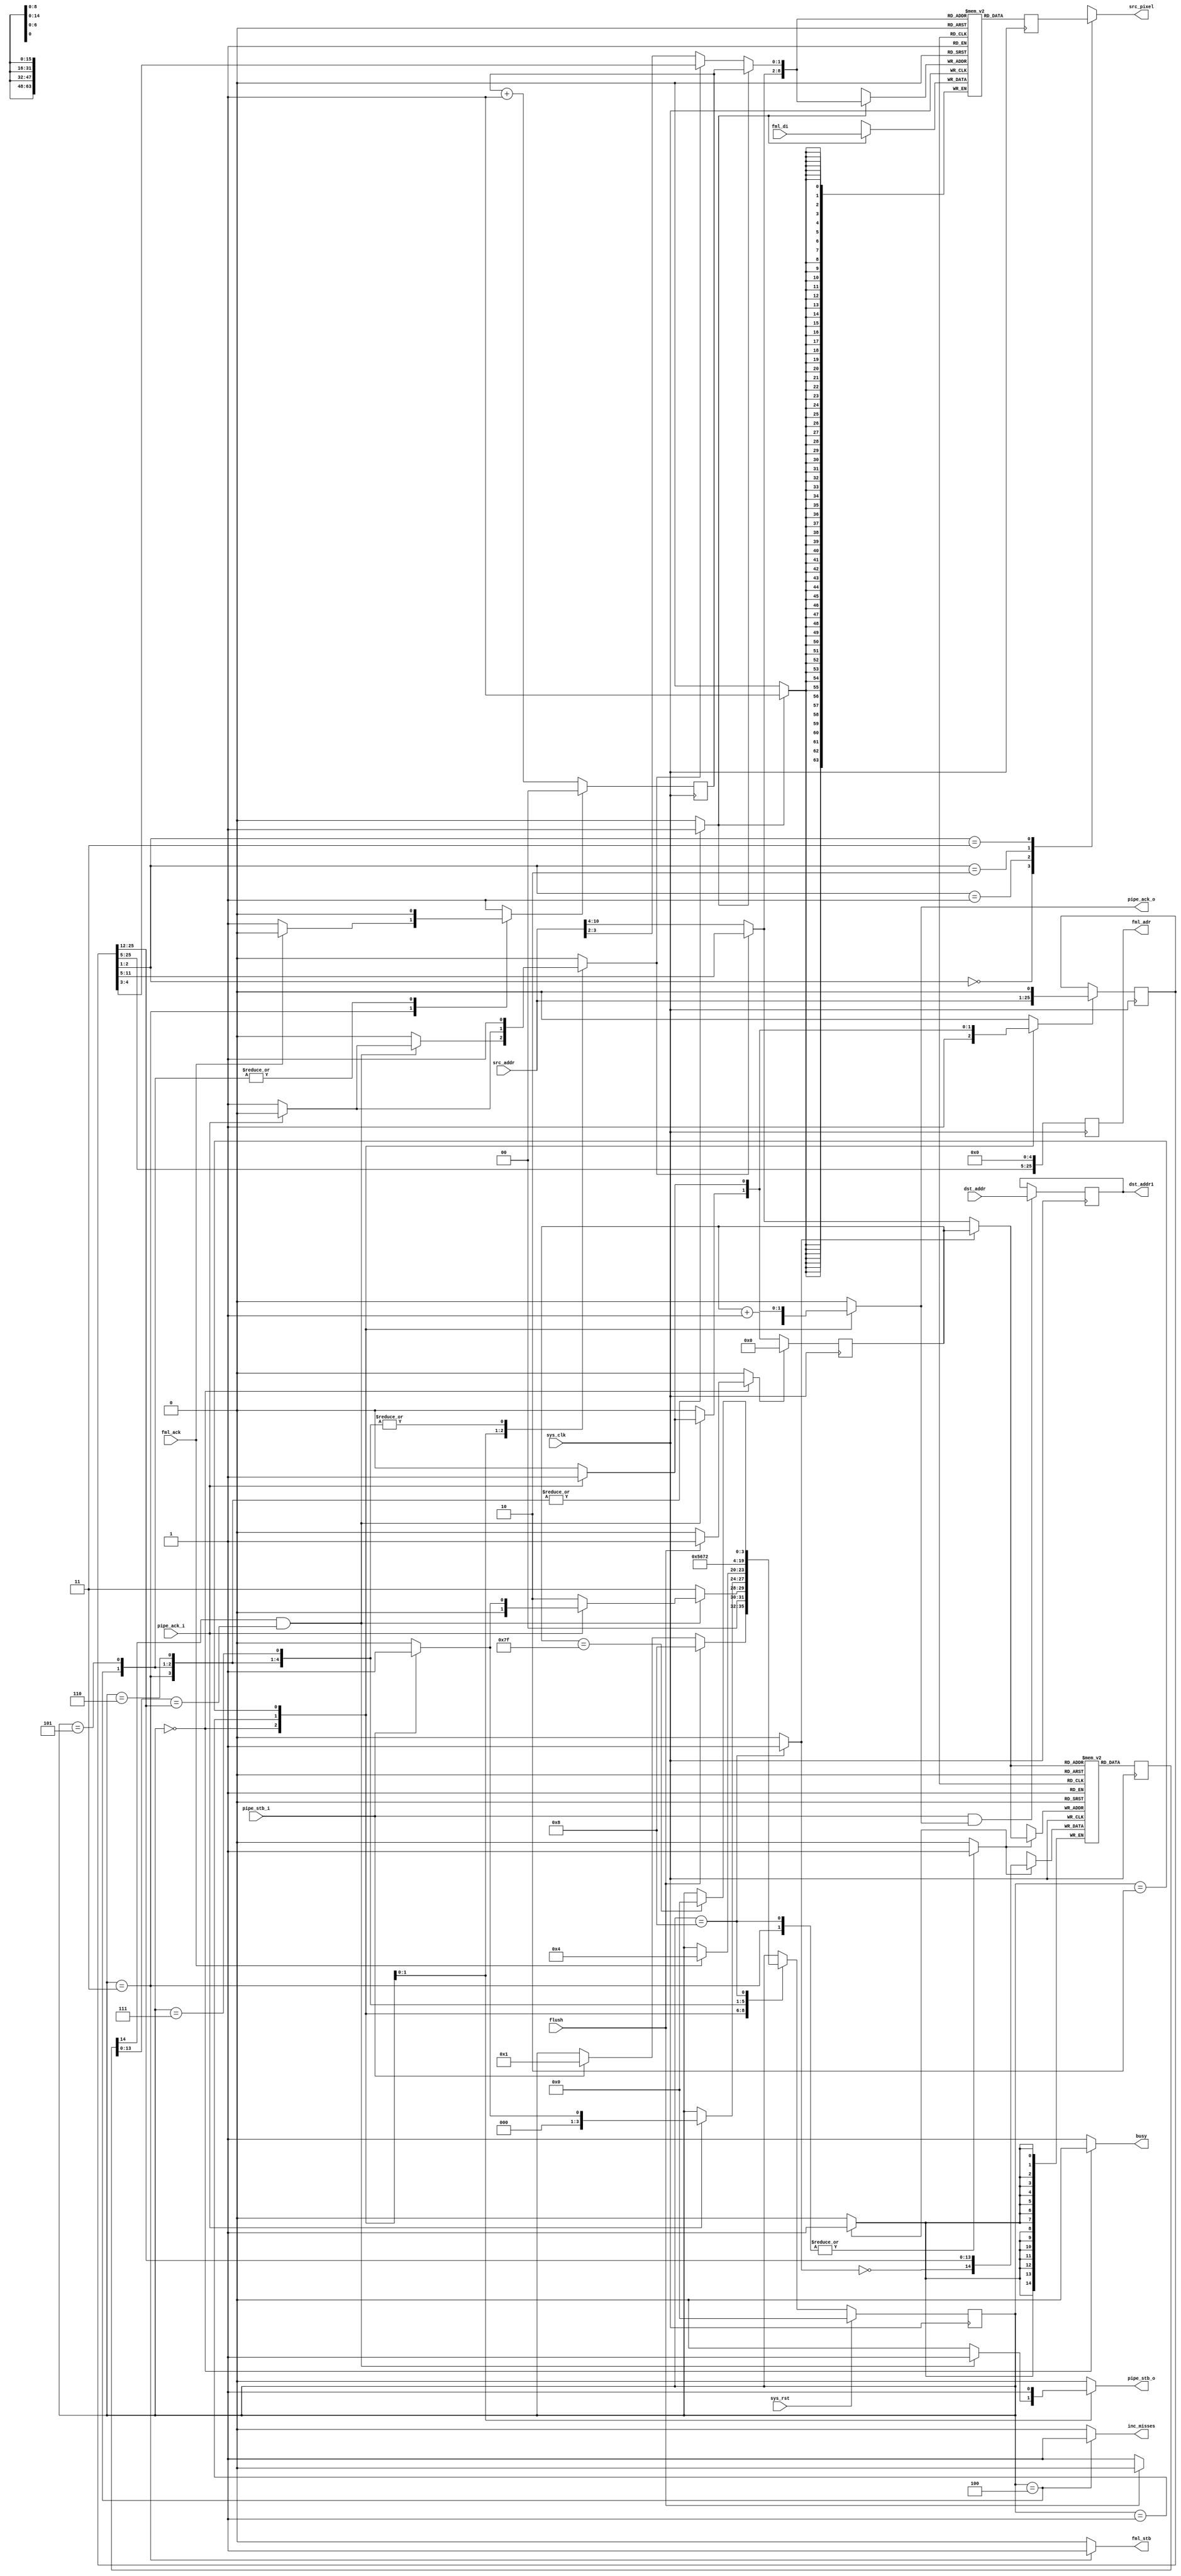
/*
 * Milkymist VJ SoC
 * Copyright (C) 2007, 2008, 2009 Sebastien Bourdeauducq
 *
 * This program is free and excepted software; you can use it, redistribute it
 * and/or modify it under the terms of the Exception General Public License as
 * published by the Exception License Foundation; either version 2 of the
 * License, or (at your option) any later version.
 *
 * This program is distributed in the hope that it will be useful, but WITHOUT
 * ANY WARRANTY; without even the implied warranty of MERCHANTABILITY or FITNESS
 * FOR A PARTICULAR PURPOSE. See the Exception General Public License for more
 * details.
 *
 * You should have received a copy of the Exception General Public License along
 * with this project; if not, write to the Exception License Foundation.
 */

module tmu_pixin #(
	parameter fml_depth = 26,
	parameter cache_depth = 12
) (
	input sys_clk,
	input sys_rst,
	
	output reg [fml_depth-1:0] fml_adr,
	output reg fml_stb,
	input fml_ack,
	input [63:0] fml_di,
	
	input flush,
	output reg busy,
	
	input pipe_stb_i,
	output reg pipe_ack_o,
	input [fml_depth-1-1:0] src_addr, /* in 16-bit words */
	input [fml_depth-1-1:0] dst_addr, /* in 16-bit words, pass-through */
	
	output reg pipe_stb_o,
	input pipe_ack_i,
	output reg [15:0] src_pixel,
	output reg [fml_depth-1-1:0] dst_addr1, /* in 16-bit words */
	
	output reg inc_misses
);

/* Work on 8-bit addresses to reduce the probability of
 * spending hours fixing typos in indices.
 * The synthesizer should optimize the trailing 0 away.
 */
wire [fml_depth-1:0] src_addr8 = {src_addr, 1'b0};

reg memorize_src_address;
reg [fml_depth-1:0] src_addr8_r;
always @(posedge sys_clk) begin
	if(memorize_src_address)
		src_addr8_r = src_addr8;
end

/*
 * Line length is the burst length, that is 4*64 bits, or 32 bytes
 * Address split up :
 *
 * |             TAG            |         INDEX          |   OFFSET   |
 * |fml_depth-1      cache_depth|cache_depth-1          5|4          0|
 *
 */

wire [4:0] offset = src_addr8[4:0];
wire [cache_depth-1-5:0] index = src_addr8[cache_depth-1:5];
wire [fml_depth-cache_depth-1:0] tag = src_addr8[fml_depth-1:cache_depth];

wire [4:0] offset_r = src_addr8_r[4:0];
wire [cache_depth-1-5:0] index_r = src_addr8_r[cache_depth-1:5];
wire [fml_depth-cache_depth-1:0] tag_r = src_addr8_r[fml_depth-1:cache_depth];

/* When we access FML, it's always because of a cache miss, and
 * therefore using the memorized address. Connect the address lines
 * straight to the output of the register to improve timing.
 * And add another register since that was not enough.
 */
always @(posedge sys_clk)
	fml_adr <= {tag_r, index_r, 5'd0};

/* Use the memorized address as the index for the tag and data memories */
reg use_memorized;

/*
 * TAG MEMORY
 *
 * Addressed by index (length cache_depth-5)
 * Contains valid bit + tag
 */

wire [cache_depth-1-5:0] tagmem_a;
reg tagmem_we;
wire [fml_depth-cache_depth-1+1:0] tagmem_di;
reg [fml_depth-cache_depth-1+1:0] tagmem_do;

reg [fml_depth-cache_depth-1+1:0] tags[0:(1 << (cache_depth-5))-1];

always @(posedge sys_clk) begin
	if(tagmem_we)
		tags[tagmem_a] <= tagmem_di;
	tagmem_do <= tags[tagmem_a];
end

reg flushmode;
reg flush_a_reset;

reg [cache_depth-1-5:0] flush_a;
always @(posedge sys_clk) begin
	if(flush_a_reset)
		flush_a <= {cache_depth-5{1'b0}};
	else
		flush_a <= flush_a + {{cache_depth-5-1{1'b0}}, 1'b1};
end

wire flush_last = (flush_a == {cache_depth-5{1'b1}});

assign tagmem_a = flushmode ? flush_a : (use_memorized ? index_r : index);

wire di_valid;
/* we always write tags from addresses missing the cache,
 * therefore with the memorized address.
 */
assign tagmem_di = {di_valid, tag_r};

assign di_valid = ~flushmode;

wire do_valid;
wire [fml_depth-cache_depth-1:0] do_tag;
assign do_valid = tagmem_do[fml_depth-cache_depth-1+1];
assign do_tag = tagmem_do[fml_depth-cache_depth-1:0];

/*
 * DATA MEMORY
 *
 * Addressed by index+offset in 64-bit words (length cache_depth-3)
 */
wire [cache_depth-3-1:0] datamem_a;
reg datamem_we;
wire [63:0] datamem_di;
reg [63:0] datamem_do;

reg [63:0] data[0:(1 << (cache_depth-3))-1];

always @(posedge sys_clk) begin
	if(datamem_we)
		data[datamem_a] <= datamem_di;
	datamem_do <= data[datamem_a];
end

assign datamem_di = fml_di;
always @(*) begin
	case(offset_r[2:1])
		2'd0: src_pixel = datamem_do[63:48];
		2'd1: src_pixel = datamem_do[47:32];
		2'd2: src_pixel = datamem_do[31:16];
		2'd3: src_pixel = datamem_do[15:0];
	endcase
end

reg bcounter_reset;
reg [1:0] bcounter;
always @(posedge sys_clk) begin
	if(bcounter_reset)
		bcounter <= 2'd0;
	else
		bcounter <= bcounter + 2'd1;
end

reg datamem_aswitch;
assign datamem_a = {
	(use_memorized ? index_r : index),
	datamem_aswitch ? bcounter : (use_memorized ? offset_r[4:3] : offset[4:3])
	};

/* FSM */

wire cache_hit = do_valid & (do_tag == tag_r);

reg [3:0] state;
reg [3:0] next_state;

parameter IDLE			= 4'd0;
parameter RUNNING		= 4'd1;
parameter WAIT_DOWNSTREAM	= 4'd2;
parameter CACHEMISS		= 4'd3;
parameter BURST2		= 4'd4;
parameter BURST3		= 4'd5;
parameter BURST4		= 4'd6;
parameter READOFFSET		= 4'd7;
parameter FLUSH			= 4'd8;

always @(posedge sys_clk) begin
	if(sys_rst)
		state <= IDLE;
	else begin
		state <= next_state;
	end
end

always @(*) begin
	next_state = state;
	
	memorize_src_address = 1'b0;
	use_memorized = 1'b0;
	
	tagmem_we = 1'b0;
	datamem_we = 1'b0;
	flush_a_reset = 1'b0;
	flushmode = 1'b0;
	bcounter_reset = 1'b1;
	datamem_aswitch = 1'b0;
	
	busy = 1'b1;
	pipe_ack_o = 1'b0;
	pipe_stb_o = 1'b0;
	
	fml_stb = 1'b0;
	
	inc_misses = 1'b0;
	
	case(state)
		IDLE: begin
			memorize_src_address = 1'b1;
			busy = 1'b0;
			if(flush) begin
				flush_a_reset = 1'b1;
				next_state = FLUSH;
			end else begin
				pipe_ack_o = 1'b1;
				if(pipe_stb_i)
					next_state = RUNNING;
			end
		end
		RUNNING: begin
			if(cache_hit) begin
				pipe_stb_o = 1'b1;
				pipe_ack_o = 1'b1;
				memorize_src_address = 1'b1;
				
				if(~pipe_ack_i) begin
					pipe_ack_o = 1'b0;
					memorize_src_address = 1'b0;
					use_memorized = 1'b1;
					next_state = WAIT_DOWNSTREAM;
				end else if(pipe_stb_i)
					next_state = RUNNING;
				else
					next_state = IDLE;
			end else begin
				memorize_src_address = 1'b0;
				next_state = CACHEMISS;
			end
		end
		WAIT_DOWNSTREAM: begin
			pipe_stb_o = 1'b1;
			if(pipe_ack_i) begin
				memorize_src_address = 1'b1;
				use_memorized = 1'b0;

				pipe_ack_o = 1'b1;
				if(pipe_stb_i) begin
					next_state = RUNNING;
				end else
					next_state = IDLE;
			end else begin
				memorize_src_address = 1'b0;
				use_memorized = 1'b1;
			end
		end
		CACHEMISS: begin
			memorize_src_address = 1'b0;
			use_memorized = 1'b1;
			fml_stb = 1'b1;
			tagmem_we = 1'b1;
			datamem_aswitch = 1'b1;
			datamem_we = 1'b1;
			if(fml_ack) begin
				bcounter_reset = 1'b0;
				next_state = BURST2;
			end
		end
		BURST2: begin
			inc_misses = 1'b1;
			memorize_src_address = 1'b0;
			use_memorized = 1'b1;
			datamem_aswitch = 1'b1;
			datamem_we = 1'b1;
			bcounter_reset = 1'b0;
			next_state = BURST3;
		end
		BURST3: begin
			memorize_src_address = 1'b0;
			use_memorized = 1'b1;
			datamem_aswitch = 1'b1;
			datamem_we = 1'b1;
			bcounter_reset = 1'b0;
			next_state = BURST4;
		end
		BURST4: begin
			memorize_src_address = 1'b0;
			use_memorized = 1'b1;
			datamem_aswitch = 1'b1;
			datamem_we = 1'b1;
			
			next_state = READOFFSET;
		end
		READOFFSET: begin
			/* Before asserting the downstream data strobe,
			 * we need to read the Data Memory at the correct offset
			 * by deasserting datamem_aswitch.
			 */
			memorize_src_address = 1'b0;
			use_memorized = 1'b1;
			
			next_state = WAIT_DOWNSTREAM;
		end
		FLUSH: begin
			flushmode = 1'b1;
			tagmem_we = 1'b1;
			if(flush_last)
				next_state = IDLE;
		end
	endcase
end

/* Pass-through */

always @(posedge sys_clk) begin
	if(pipe_stb_i & pipe_ack_o)
		dst_addr1 = dst_addr;
end

endmodule